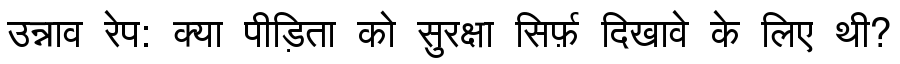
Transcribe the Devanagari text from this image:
उन्नाव रेप: क्या पीड़िता को सुरक्षा सिर्फ़ दिखावे के लिए थी?